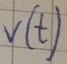
Text: V(t)